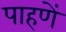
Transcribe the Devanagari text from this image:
पाहणें